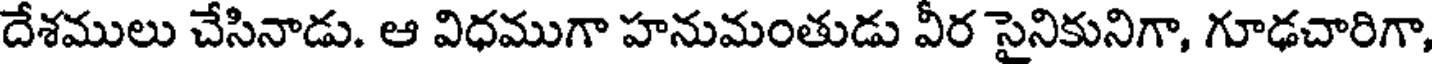
దేశములు చేసినాడు. ఆ విధముగా హనుమంతుడు వీర సైనికునిగా, గూఢచారిగా